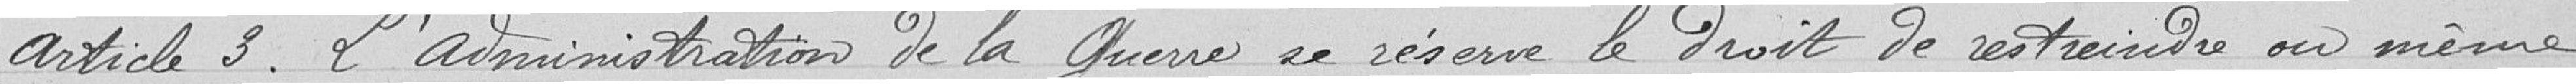
Article 3 : l'Administration de la Guerre se réserve le droit de restreindre ou même